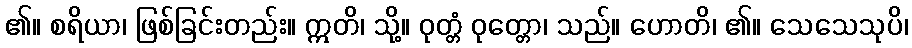
၏။ စရိယာ၊ ဖြစ်ခြင်းတည်း။ ဣတိ၊ သို့။ ဝုတ္တံ ဝုတ္တော၊ သည်။ ဟောတိ၊ ၏။ သေသေသုပိ၊